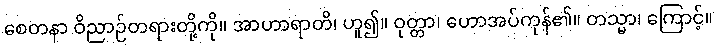
စေတနာ ဝိညာဉ်တရားတို့ကို။ အာဟာရာတိ၊ ဟူ၍။ ဝုတ္တာ၊ ဟောအပ်ကုန်၏။ တသ္မာ၊ ကြောင့်။